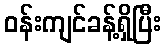
ဝန်းကျင်ခန့်ရှိပြီး